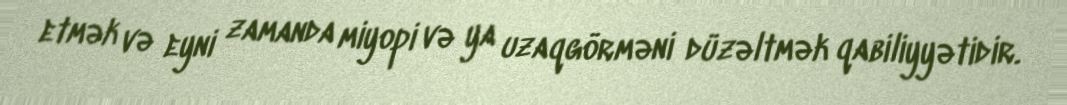
etmək və eyni zamanda miyopi və ya uzaqgörməni düzəltmək qabiliyyətidir.